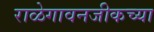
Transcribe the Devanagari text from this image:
राळेगावनजीकच्या